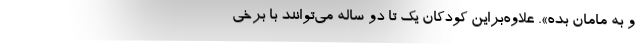
و به مامان بده». علاوه‌براین کودکان یک تا دو ساله می‌توانند با برخی